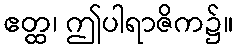
ဧတ္ထ၊ ဤပါရာဇိက၌။